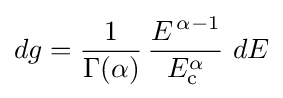
dg={\frac {1}{\Gamma (\alpha )}}\,{\frac {E^{\,\alpha -1}}{E_{\rm {c}}^{\alpha }}}~dE